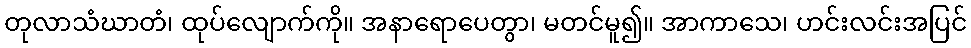
တုလာသံဃာတံ၊ ထုပ်လျောက်ကို။ အနာရောပေတွာ၊ မတင်မူ၍။ အာကာသေ၊ ဟင်းလင်းအပြင်